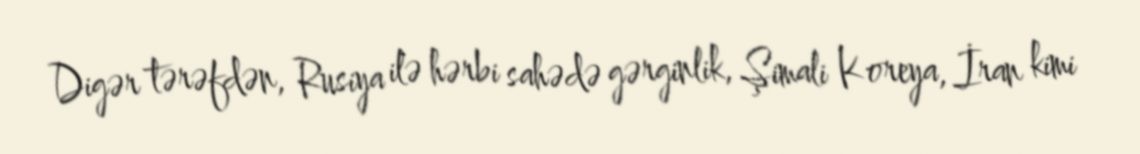
Digər tərəfdən, Rusiya ilə hərbi sahədə gərginlik, Şimali Koreya, İran kimi